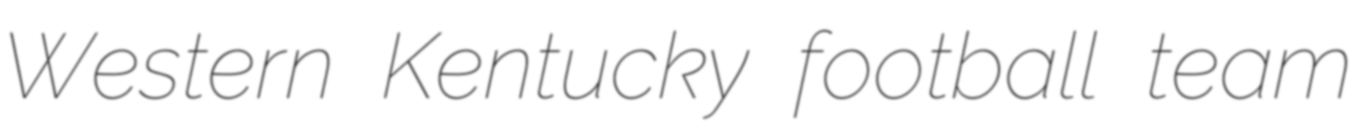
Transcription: Western Kentucky football team